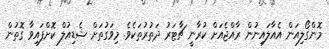
މޮންގޯލިއަން އެއާލައިނުން ރާއްޖެއަށް ކުރާނީ ޗާޓަރު ދަތުރުތަކެވެ. މިވަގުތަށް ޝެޑިއުލް ކޮށްފައިވާ ގޮތުން